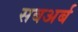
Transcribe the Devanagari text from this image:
सबअर्ब